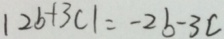
\vert 2 b + 3 c \vert = - 2 b - 3 c